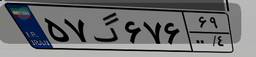
۵۷گ۶۷۶۶۹